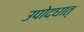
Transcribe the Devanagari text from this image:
उपोदघात्‌